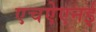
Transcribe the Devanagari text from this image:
एचऐएनई